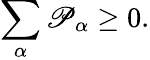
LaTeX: \begin{array}{r}{\displaystyle\sum_{\alpha}\mathscr{P}_{\alpha}\geq 0.}\end{array}